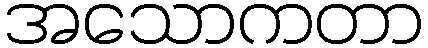
အသောကတာ